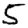
Digit: 5